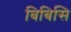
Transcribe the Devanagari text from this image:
बिबिसि